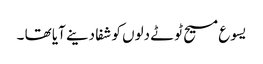
یسوع مسیح ٹوٹے دلوں کو شفا دینے آیا تھا ۔